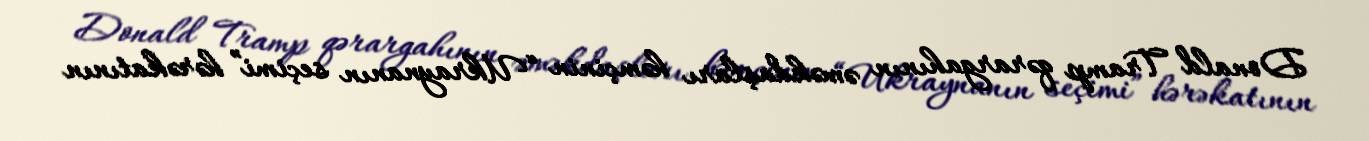
Donald Tramp qərargahının əməkdaşları həmçinin “Ukraynanın seçimi” hərəkatının